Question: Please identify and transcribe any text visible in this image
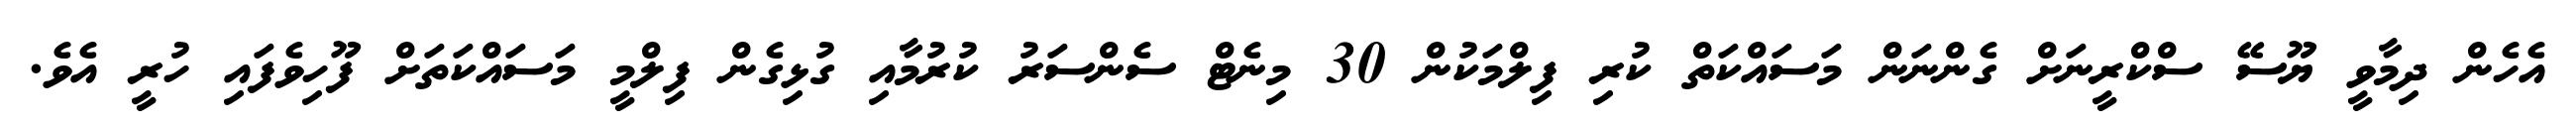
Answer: އެހެން ދިމާވީ ޔޫސޭ ސްކްރީނަށް ގެންނަން މަސައްކަތް ކުރި ފިލްމަކުން 30 މިނެޓް ސެންސަރު ކުރުމާއި ގުޅިގެން ފިލްމީ މަސައްކަތަށް ފޫހިވެފައި ހުރީ އެވެ.